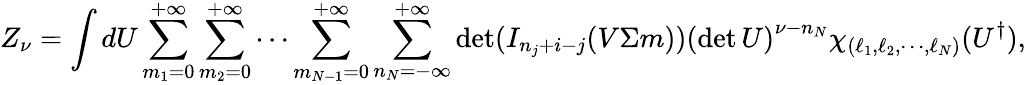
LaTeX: Z_{\nu}=\int dU\sum_{m_{1}=0}^{+\infty}\sum_{m_{2}=0}^{+\infty}\cdots\sum_{m_{N-1}=0}^{+\infty}\sum_{n_{N}=-\infty}^{+\infty}\operatorname*{det}(I_{n_{j}+i-j}(V\Sigma m))\left(\operatorname*{det}U\right)^{\nu-n_{N}}\chi_{(\ell_{1},\ell_{2},\cdots,\ell_{N})}(U^{\dagger}),